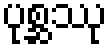
ပုစ္ဆဿု